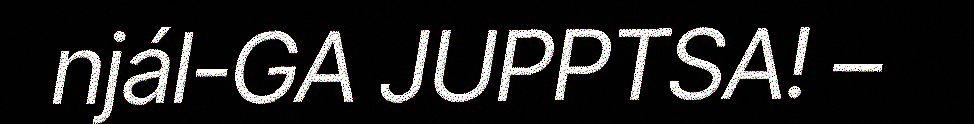
njál-GA JUPPTSA! –